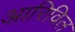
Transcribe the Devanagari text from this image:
आरिविल